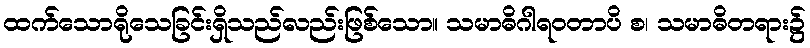
ထက်သောရိုသေခြင်းရှိသည်လည်းဖြစ်သော။ သမာဓိဂါရဝတာပိ စ၊ သမာဓိတရား၌